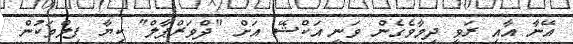
އޭނާ އާއި ރަވީ ދިމާވެގެން ވަނީ އަކްޝޭ އަށް "ދްވަރްޕާލް" ކިޔާ ފިލްމަކުން